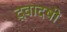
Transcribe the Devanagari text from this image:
द्वादषी